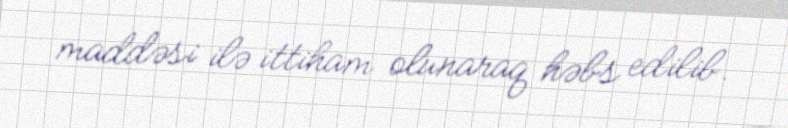
maddəsi ilə ittiham olunaraq həbs edilib.